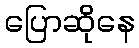
ပြောဆိုနေ